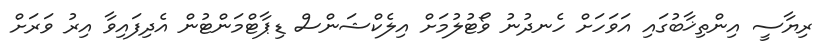
ރިޔާސީ އިންތިޚާބުގައި އަވަހަށް ހެނދުނު ވޯޓުލުމަށް އިލެކްޝަންސް ޑިޕާޓްމަންޓުން އެދިފައިވާ އިރު ވަރަށް